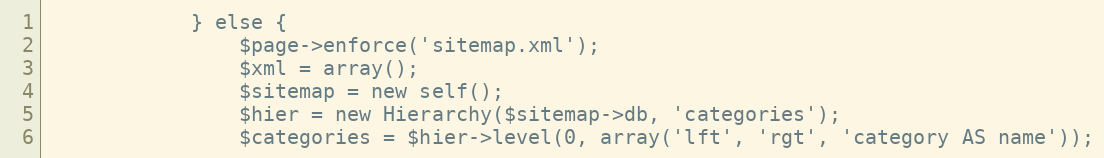
Language: PHP
            } else {
                $page->enforce('sitemap.xml');
                $xml = array();
                $sitemap = new self();
                $hier = new Hierarchy($sitemap->db, 'categories');
                $categories = $hier->level(0, array('lft', 'rgt', 'category AS name'));